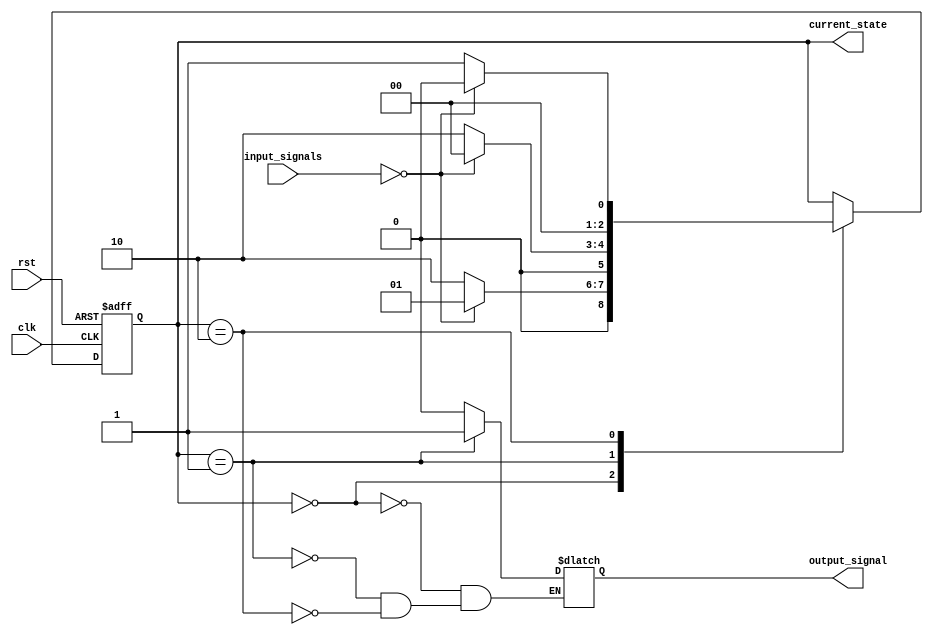
module moore_state_machine (
    input wire clk,
    input wire rst,
    input wire [1:0] input_signals,
    output reg [2:0] current_state,
    output reg output_signal
);

parameter STATE_A = 3'b000;
parameter STATE_B = 3'b001;
parameter STATE_C = 3'b010;

always @(posedge clk or posedge rst) begin
    if (rst) begin
        current_state <= STATE_A;
    end else begin
        case(current_state)
            STATE_A: begin
                if (input_signals == 2'b00) begin
                    current_state <= STATE_B;
                end else begin
                    current_state <= STATE_C;
                end
            end
            STATE_B: begin
                if (input_signals == 2'b00) begin
                    current_state <= STATE_A;
                end else begin
                    current_state <= STATE_C;
                end
            end
            STATE_C: begin
                if (input_signals == 2'b00) begin
                    current_state <= STATE_A;
                end else begin
                    current_state <= STATE_B;
                end
            end
        endcase
    end
end

always @(*) begin
    case(current_state)
        STATE_A: output_signal = 1'b0;
        STATE_B: output_signal = 1'b1;
        STATE_C: output_signal = 1'b0;
    endcase
end

endmodule